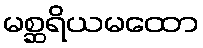
မစ္ဆရိယမထော